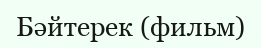
Бәйтерек (фильм)